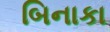
બિનાકા